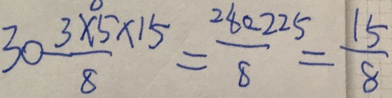
3 0 \frac { 3 \times 5 \times 1 5 } { 8 } = \frac { 2 8 0 - 2 2 5 } { 8 } = \frac { 1 5 } { 8 }